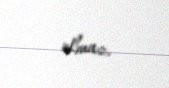
olmaz.